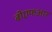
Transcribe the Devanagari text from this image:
बीएफआर